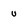
Character: u